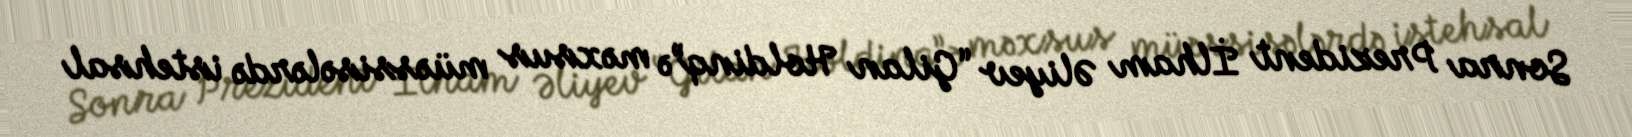
Sonra Prezident İlham Əliyev “Gilan Holdinq”ə məxsus müəssisələrdə istehsal